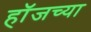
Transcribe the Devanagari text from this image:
हॉजच्या